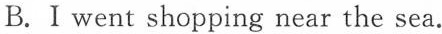
B.I went shopping near the sea.